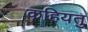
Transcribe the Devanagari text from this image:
कहियतु